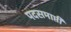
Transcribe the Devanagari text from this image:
पदसमाप्ती